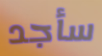
سأجد